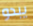
يبدو